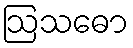
ဩသဓော